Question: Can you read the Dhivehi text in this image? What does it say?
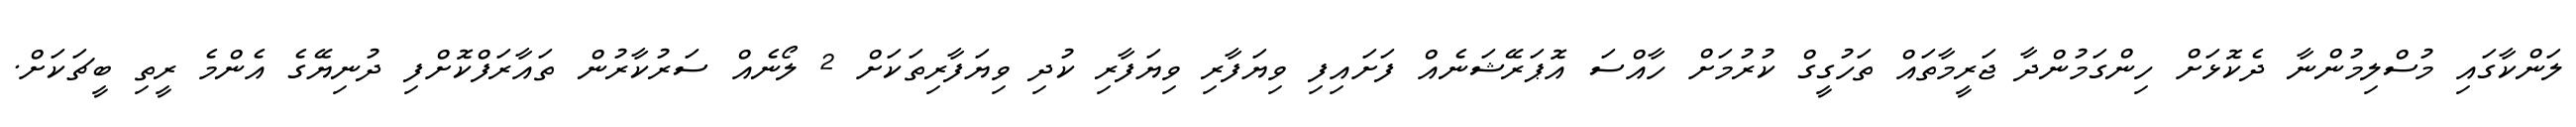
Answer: ލަންކާގައި މުސްލިމުންނާ ދެކޮޅަށް ހިންގަމުންދާ ޖަރީމާތައް ތަހުގީގް ކުރުމަށް ހާއްސަ އޮޕަރޭޝަނެއް ފަށައިފި ވިޔަފާރި ވިޔަފާރި ކުދި ވިޔަފާރިތަކަށް 2 ލޯނެއް ސަރުކާރުން ތައާރަފްކޮށްފި ދުނިޔޭގެ އެންމެ ރީތި ބީޗަކަށް.